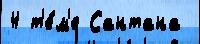
4 т'е́м'е Сантана